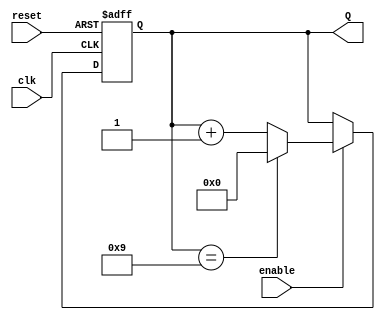
module decade_counter (
    input wire clk,         // Clock input
    input wire reset,       // Asynchronous reset input
    input wire enable,      // Enable input
    output reg [3:0] Q      // 4-bit output representing the current count value
);

    // Always block triggered on the rising edge of the clock or when reset is active
    always @(posedge clk or posedge reset) begin
        if (reset) begin
            Q <= 4'b0000; // Reset the counter to 0
        end else if (enable) begin
            if (Q == 4'b1001) begin
                Q <= 4'b0000; // Reset to 0 when count reaches 10 (binary 1010)
            end else begin
                Q <= Q + 1; // Increment the counter
            end
        end
    end

endmodule